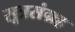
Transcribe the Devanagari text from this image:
सूत्रसंग्रह